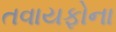
તવાયફોના